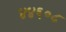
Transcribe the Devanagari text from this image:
४४६०८